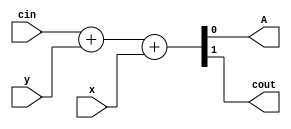
module top
(
 input x,
 input y,
 input cin,

 output A,
 output cout
 );

assign {cout,A} =  cin + y + x;

endmodule